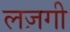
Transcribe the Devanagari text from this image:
लज़गी